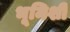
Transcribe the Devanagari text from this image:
भूमिशी